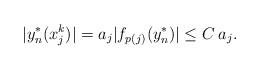
LaTeX: \begin{align*} |y_n^*(x_j^k)| = a_j |f_{p(j)}(y_n^*)| \leq C \: a_j. \end{align*}